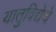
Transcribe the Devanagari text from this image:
यातुविद्येचे